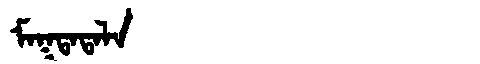
Manchu: ᠮᠠᡴᡨᠠᡨᠠᠯᠠ
Romanization: MAKTATALA